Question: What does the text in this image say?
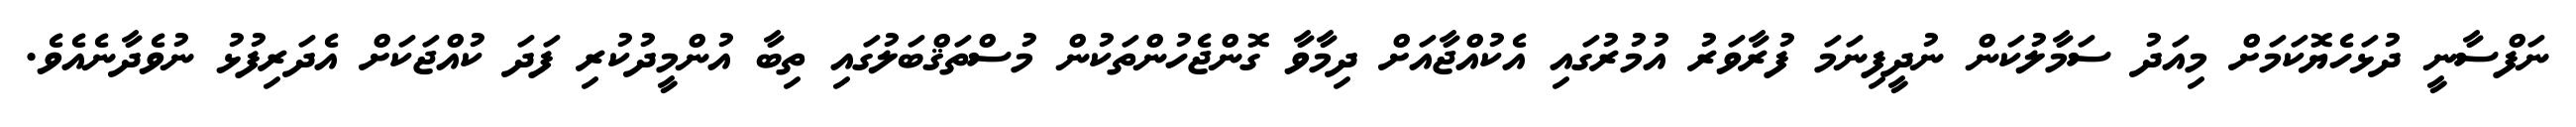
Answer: ނަފްސާނީ ދުޅަހެޔޮކަމަށް މިއަދު ސަމާލުކަން ނުދީފިނަމަ ފުރާވަރު އުމުރުގައި އެކުއްޖާއަށް ދިމާވާ ގޮންޖެހުންތަކުން މުސްތަޤްބަލުގައި ތިބާ އުންމީދުކުރި ފަދަ ކުއްޖަކަށް އެދަރިފުޅު ނުވެދާނެއެވެ.